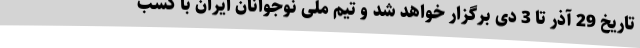
تاریخ 29 آذر تا 3 دی برگزار خواهد شد و تیم ملی نوجوانان ایران با کسب